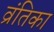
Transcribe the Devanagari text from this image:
व्रंतिका